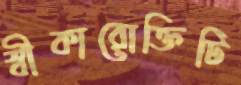
স্বীকারোক্তিটি